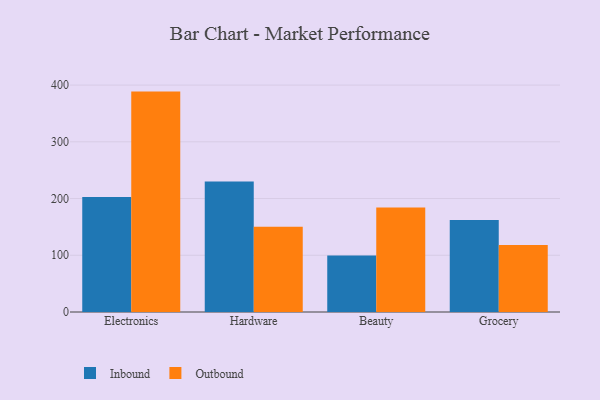
{"axis": {"x": "Category", "y": "Operating Costs (USD K)"}, "legend": ["Inbound", "Outbound"], "data": [{"x": "Electronics", "y": 202.6, "type": "Inbound"}, {"x": "Electronics", "y": 388.5, "type": "Outbound"}, {"x": "Hardware", "y": 230.0, "type": "Inbound"}, {"x": "Hardware", "y": 150.1, "type": "Outbound"}, {"x": "Beauty", "y": 99.4, "type": "Inbound"}, {"x": "Beauty", "y": 184.1, "type": "Outbound"}, {"x": "Grocery", "y": 162.0, "type": "Inbound"}, {"x": "Grocery", "y": 118.3, "type": "Outbound"}]}